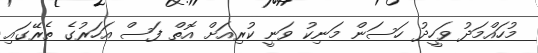
މުހައްމަދު ވަހީދު ހަސަން މަނިކު ވަނީ ކުރިއަށް އޮތް ފަސް އަހަރުގެ ތެރޭގައި